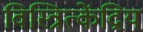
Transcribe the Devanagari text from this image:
विस्त्रित्केंद्रिय